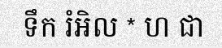
ទឹក រំអិល * ហ ជា